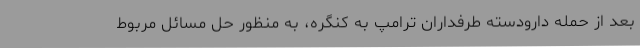
بعد از حمله دارودسته طرفداران ترامپ به کنگره، به منظور حل مسائل مربوط